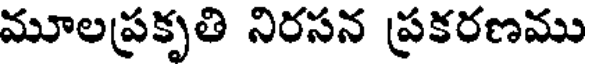
మూలప్రకృతి నిరసన ప్రకరణము